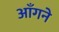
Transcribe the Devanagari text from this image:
आँगने